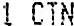
1 CTN